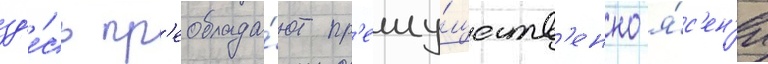
зд'е́сь пр'еоблада́ют пр'еиму́ществ'енно я́с'ен'и